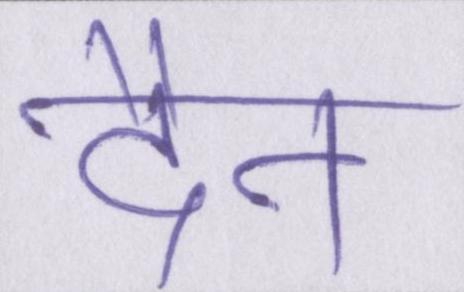
दैन